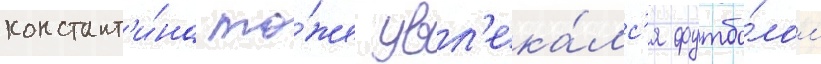
констант'и́на то́же увл'ека́лс'я футбо́лом